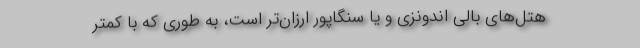
هتل‌های بالی اندونزی و یا سنگاپور ارزان‌تر است، به طوری که با کمتر